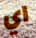
اي